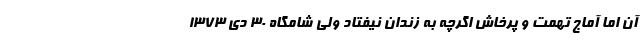
آن اما آماج تهمت و پرخاش اگرچه به زندان نیفتاد ولی شامگاه 30 دی 1373